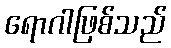
ရောဂါဖြစ်သည်